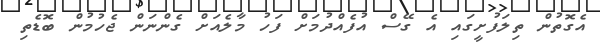
އެގޮތުން ތިލަފުށީގައި އެ ގޭސް އުފެއްދުމަށް ފަހު މާލެއަށް ގެންނަން ޖެހުމުން ބޮޑެތި